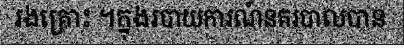
រងគ្រោះ ។ក្នុងរបាយការណ៍នគរបាលបាន